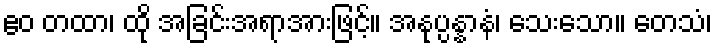
ဧဝ တထာ၊ ထို အခြင်းအရာအားဖြင့်။ အနုပ္ပန္နာနံ၊ သေးသော။ တေသံ၊